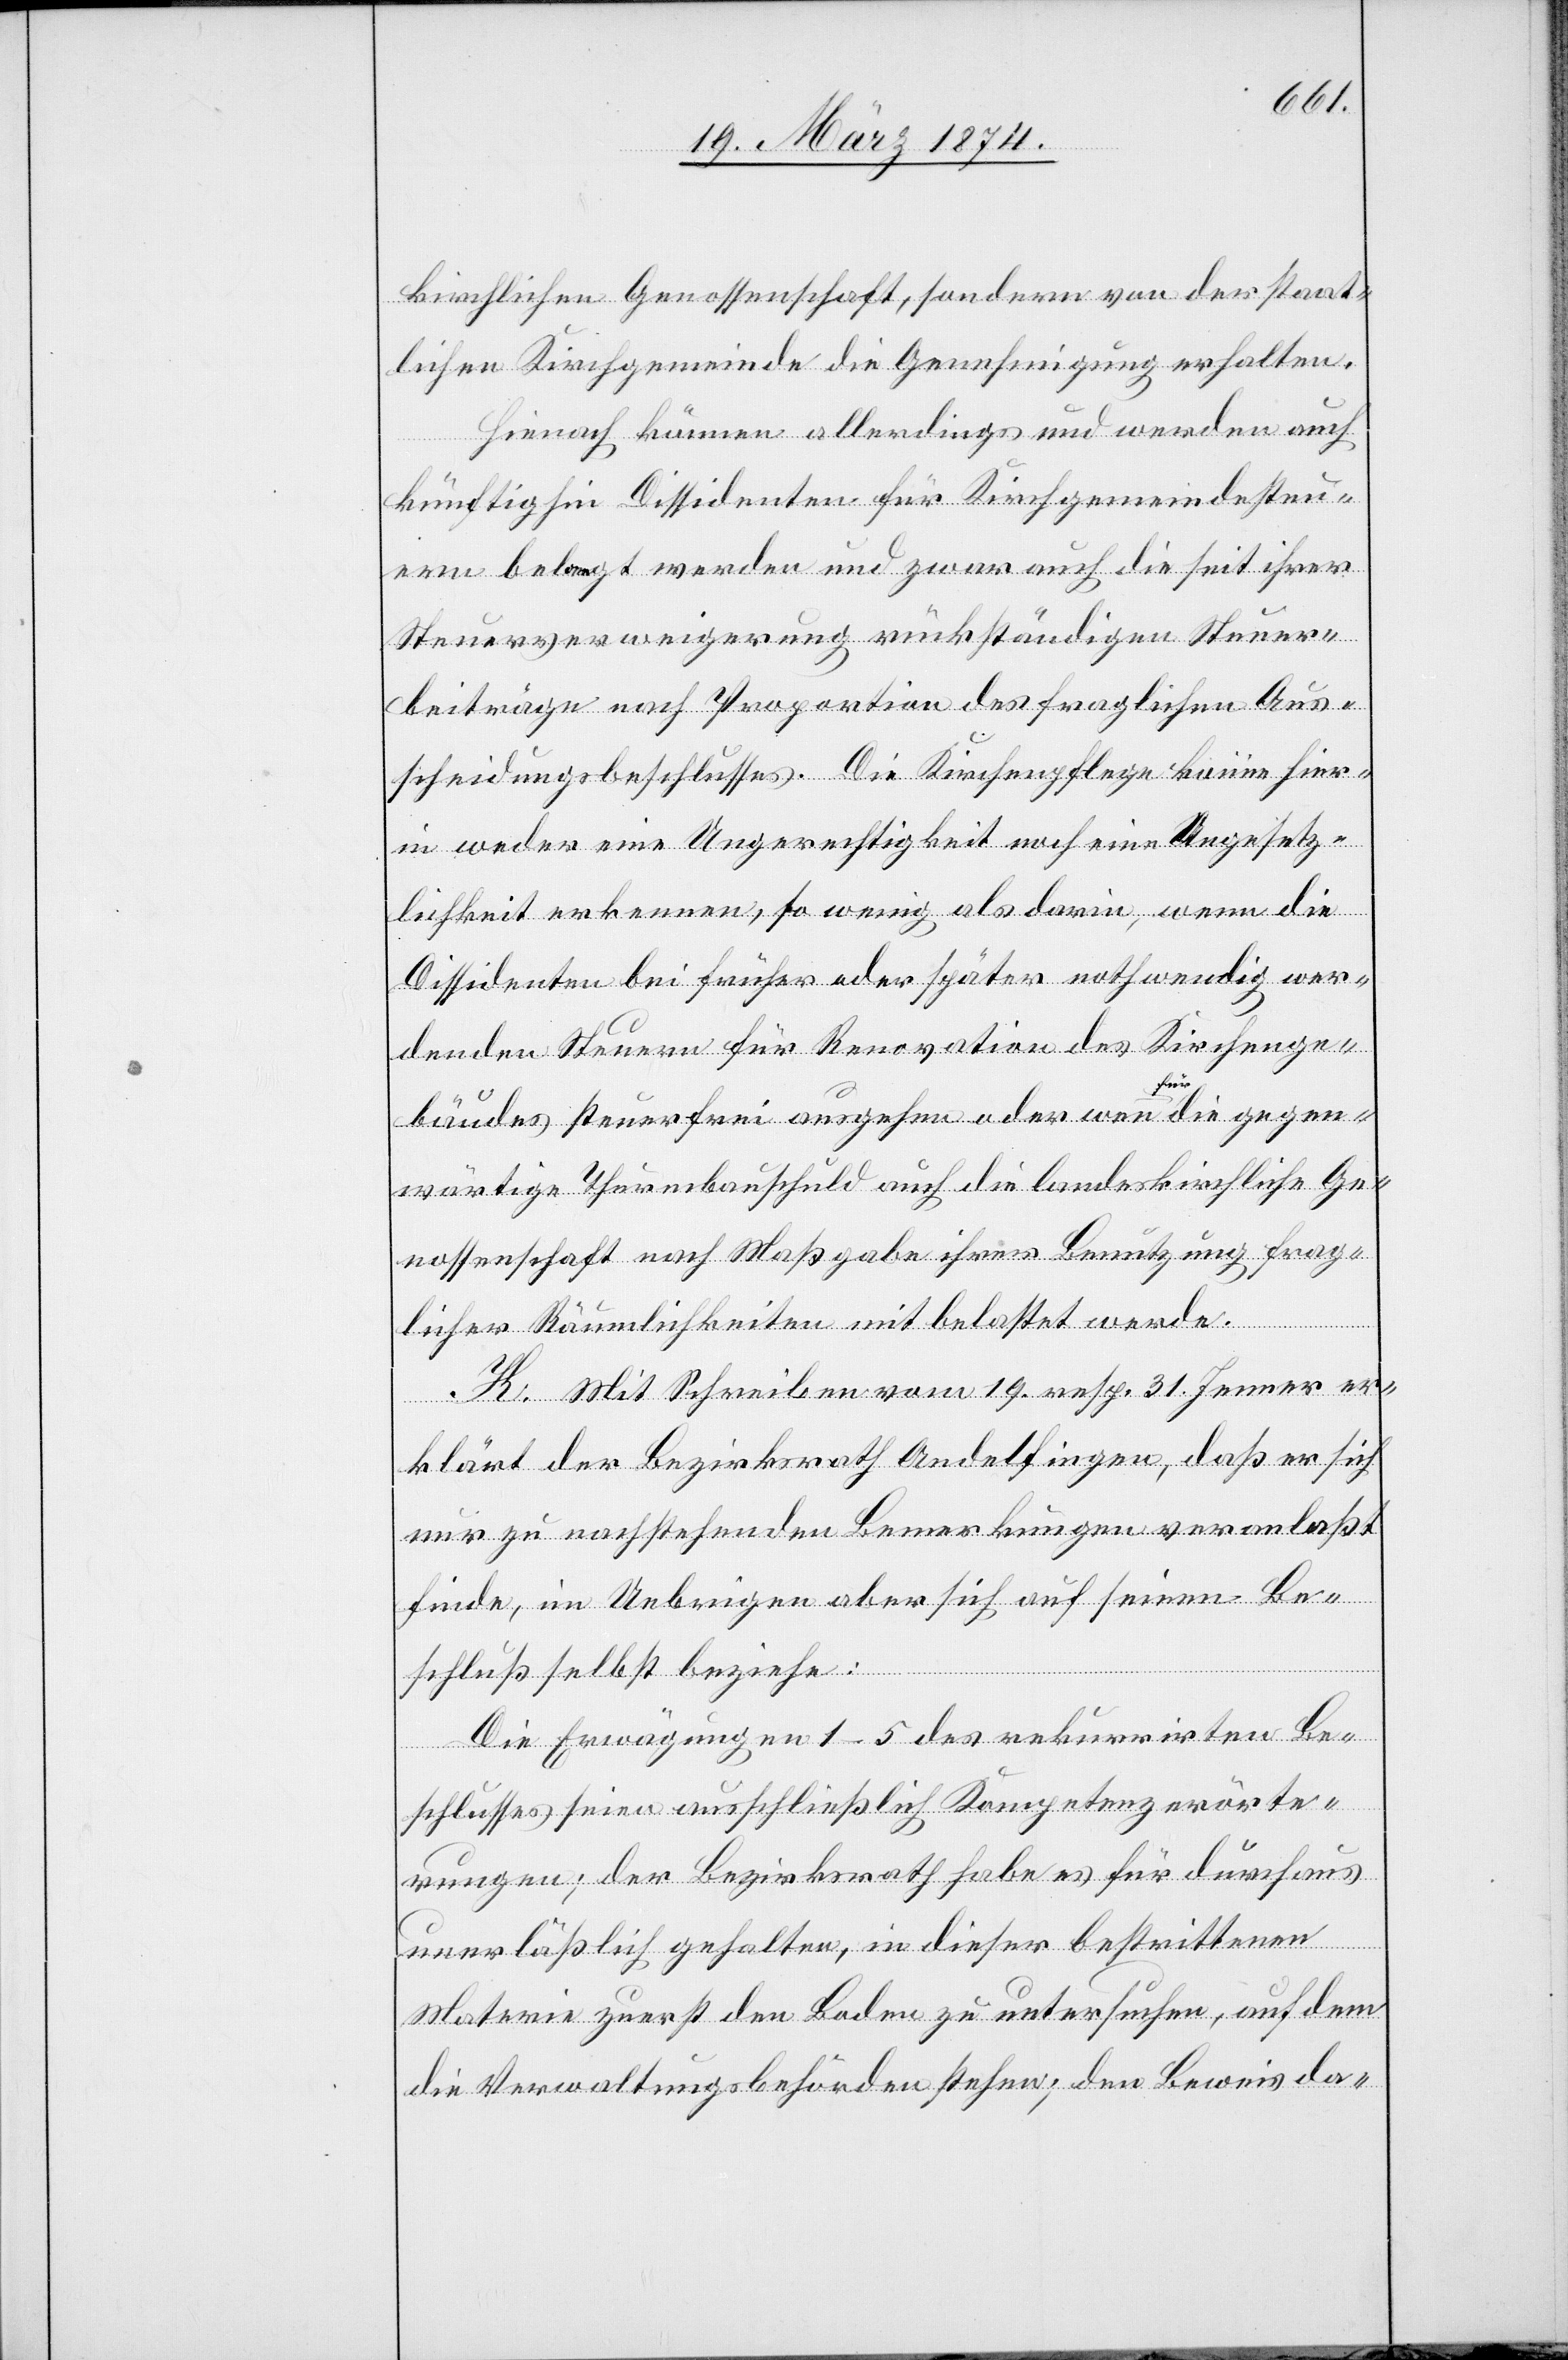
kirchlichen Genossenschaft, sondern von der staat¬
lichen Kirchgemeinde die Genehmigung erhalten.
Hienach können allerdings und werden auch
künftighin Dissidenten für Kirchgemeindesteu¬
ern belangt werden und zwar auch die seit ihrer
Steuerverweigerung rückständigen Steuer¬
beiträge nach Proportion des fraglichen Aus¬
scheidungsbeschlusses. Die Kirchenpflege könne hier¬
in weder eine Ungerechtigkeit noch eine Ungesetz¬
lichkeit erkennen, so wenig als darin, wenn die
Dissidenten bei früher oder später nothwendig wer¬
denden Steuern für Renovation des Kirchenge¬
bäudes steuerfrei ausgehen oder wenn für die gegen¬
wärtige Thurmbauschuld auch die landeskirchliche Ge¬
nossenschaft nach Maßgabe ihrer Benutzung frag¬
licher Räumlichkeiten mit belastet werde.
K. Mit Schreiben vom 19. resp. 31. Jenner er¬
klärt der Bezirksrath Andelfingen, daß er sich
nur zu nachstehenden Bemerkungen veranlaßt
finde, im Uebrigen aber sich auf seinen Be¬
schluß selbst beziehe:
Die Erwägungen 1–5 des rekurrirten Be¬
schlusses seien ausschließlich Kompetenzerörte¬
rungen; der Bezirksrath habe es für durchaus
unerläßliche gehalten, in dieser bestrittenen
Materie zuerst den Boden zu untersuchen, auf dem
die Verwaltungsbehörden stehen; den Beweis da-